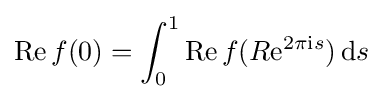
\operatorname {Re} f(0)=\int _{0}^{1}\operatorname {Re} f(R{\rm {e}}^{2\pi {\rm {i}}s}){\,{\rm {d}}}s